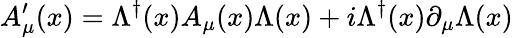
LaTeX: A_{\mu}^{\prime}(x)=\Lambda^{\dagger}(x)A_{\mu}(x)\Lambda(x)+i\Lambda^{\dagger}(x)\partial_{\mu}\Lambda(x)